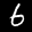
Digit: 6